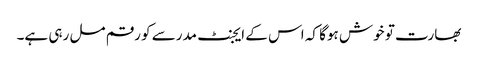
بھارت تو خوش ہوگا کہ اس کے ایجنٹ مدرسے کو رقم مل رہی ہے۔